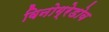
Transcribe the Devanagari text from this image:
विनोग्रेडोव